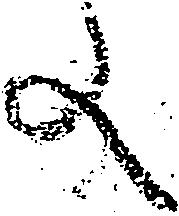
文